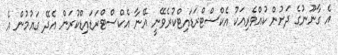
އެ ގާނޫނުގެ ދަށުން ކުއްވެރިއަކު އެކްސްޓްރަޑައިޓްކުރެވޭނީ އޭނާ އެކްސްޓްރަޑައިޑްކުރަން އެދޭ ގައުމުން އެ